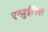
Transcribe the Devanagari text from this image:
एन्ज़ुईगिरी